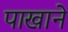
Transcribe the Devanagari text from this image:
पाखाने